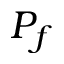
P _ { f }